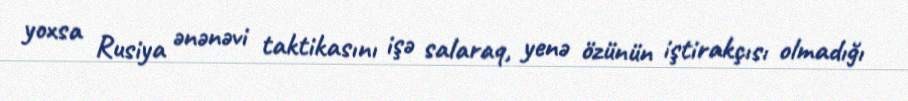
yoxsa Rusiya ənənəvi taktikasını işə salaraq, yenə özünün iştirakçısı olmadığı